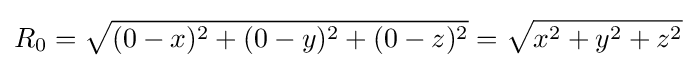
R_{0}={\sqrt {(0-x)^{2}+(0-y)^{2}+(0-z)^{2}}}={\sqrt {x^{2}+y^{2}+z^{2}}}